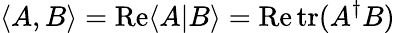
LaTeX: \langle A,B\rangle=\operatorname{Re}\langle A|B\rangle=\operatorname{Re}\operatorname{tr}(A^{\dagger}B)